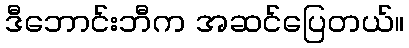
ဒီဘောင်းဘီက အဆင်ပြေတယ်။